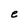
Character: e